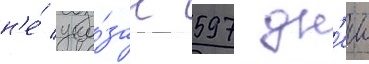
н'е́ ука́зан 597 дн'еи